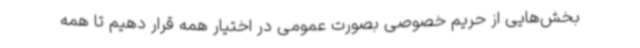
بخش‌هایی از حریم خصوصی بصورت عمومی در اختیار همه قرار دهیم تا همه